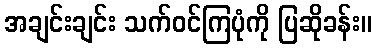
အချင်းချင်း သက်ဝင်ကြပုံကို ပြဆိုခန်း။